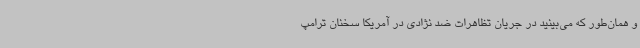
و همان‌طور که می‌بینید در جریان تظاهرات ضد نژادی در آمریکا سخنان ترامپ